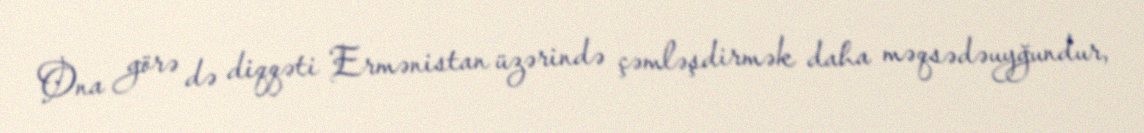
Ona görə də diqqəti Ermənistan üzərində çəmləşdirmək daha məqsədəuyğundur,